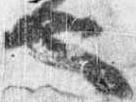
也